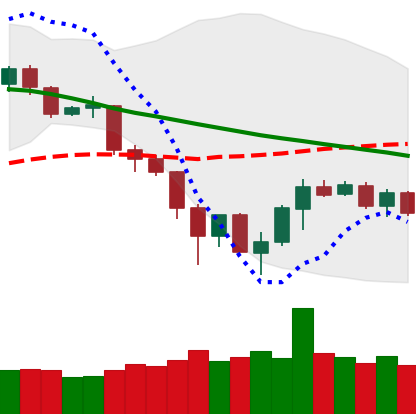
Ticker: TRX-USD
Chart end date: 2019-12-02
Forward return: -4.276%
Label: down_3_5